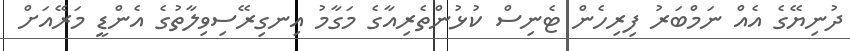
ދުނިޔޭގެ އެއް ނަމްބަރު ފިރިހެން ޓެނިސް ކުޅުންތެރިއާގެ މަގާމު އިނގިރޭސިވިލާތުގެ އެންޑީ މަރޭއަށް